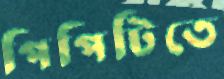
পিপিটিতে